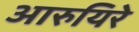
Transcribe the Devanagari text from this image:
आरुयिरे